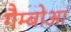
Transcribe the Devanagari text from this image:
गैम्बोआ